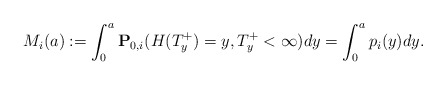
\begin{align*} M_i(a):=\int_0^a \mathbf{P}_{0,i}(H(T_y^+)=y,T_y^+<\infty)dy = \int_0^a p_i(y)dy.\end{align*}